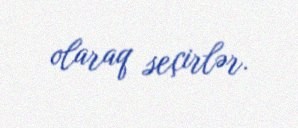
olaraq seçirlər.